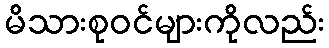
မိသားစုဝင်များကိုလည်း